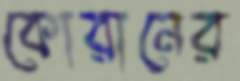
কোরানের